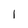
Character: 1